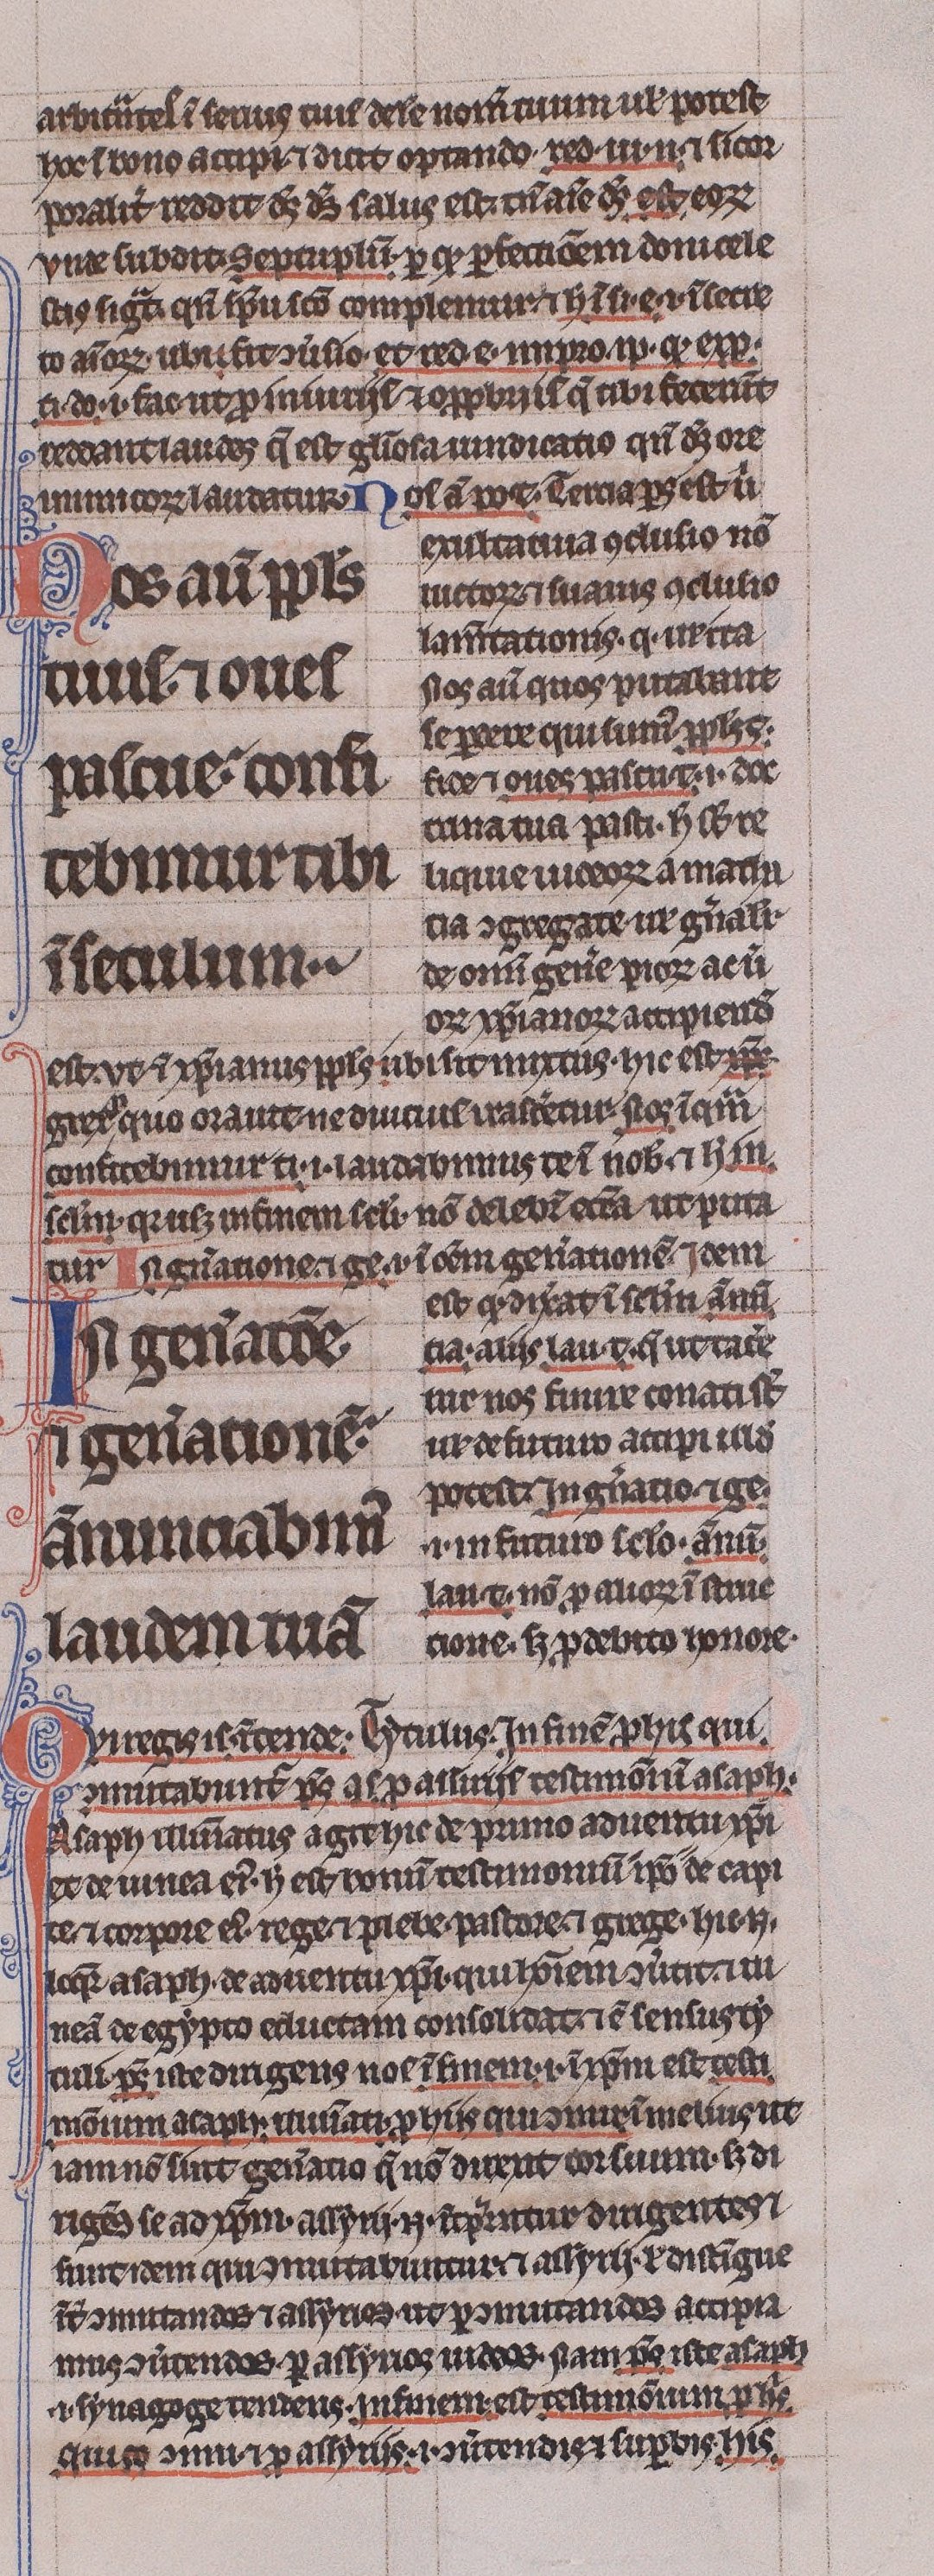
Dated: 1225–1250